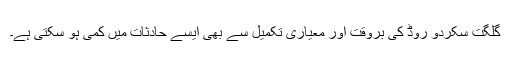
گلگت سکردو روڈ کی بروقت اور معیاری تکمیل سے بھی ایسے حادثات میں کمی ہو سکتی ہے۔